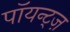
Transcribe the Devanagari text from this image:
पॉयन्ट्ज़